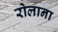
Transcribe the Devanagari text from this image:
रोलाना